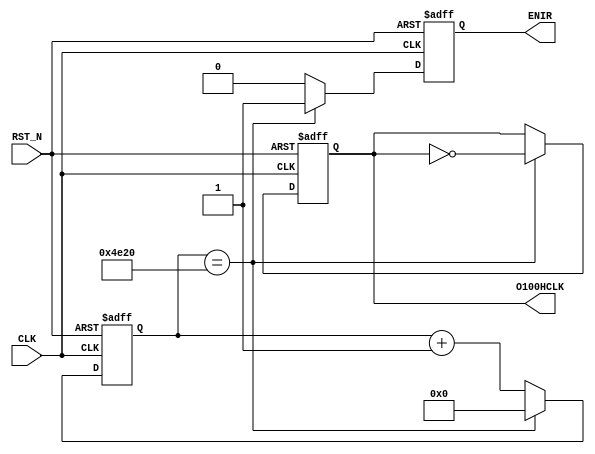
///////////////////////////////////////////////////////////////
//												 //
//															 //
//													 //
//	4MHz100Hz						 //
//  	     //
//														     //
///////////////////////////////////////////////////////////////
module CLK100H(CLK,RST_N,O100HCLK,ENIR);
input CLK;				//4MHz CLK
input RST_N;			//
output O100HCLK;
output ENIR;
reg ENIR;				//
reg[18:0] MOD;			
reg O100HCLK;
parameter MOD_CO=16'H4E20;    //100Hz


always@(posedge CLK or negedge RST_N)
begin
    if(~RST_N)
	 begin
	     MOD<=0;
		  O100HCLK<=1'b1;
		  ENIR<=1'b0;
	 end
	 else
	 begin
	     if(MOD == MOD_CO)
		  begin
			MOD<=0;
			O100HCLK<=~O100HCLK;
			ENIR<=1'b1;
		  end
		  else
		  begin
		     MOD<=MOD + 1'b1;
			  ENIR<=1'b0;
		  end
	 end
		      
end

endmodule